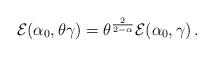
LaTeX: \begin{align*} \mathcal{E}(\alpha_0,\theta\gamma)=\theta^{\frac2{2- \alpha}}\mathcal{E}(\alpha_0,\gamma)\,.\end{align*}